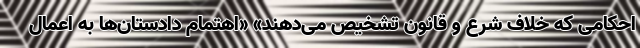
احکامی که خلاف شرع و قانون تشخیص می‌دهند» «اهتمام دادستان‌ها به اعمال